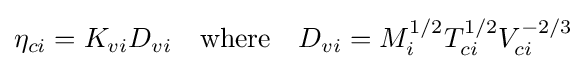
\eta _{ci}=K_{vi}D_{vi}\quad {\text{where}}\quad D_{vi}=M_{i}^{1/2}T_{ci}^{1/2}V_{ci}^{-2/3}